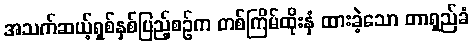
အသက်ဆယ့်ရှစ်နှစ်ပြည့်စဉ်က တစ်ကြိမ်ထိုးနှံ ထားခဲ့သော တာရှည်ခံ